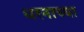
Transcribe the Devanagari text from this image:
धरनाच्या